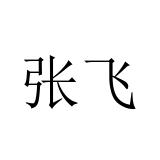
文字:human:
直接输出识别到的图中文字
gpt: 张飞